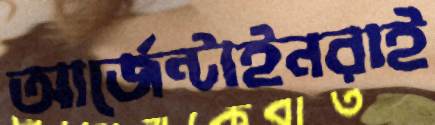
আর্জেন্টাইনরাই